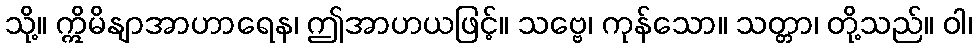
သို့။ ဣိမိနျာအာဟာရေန၊ ဤအာဟယဖြင့်။ သဗ္ဗေ၊ ကုန်သော။ သတ္တာ၊ တို့သည်။ ဝါ၊